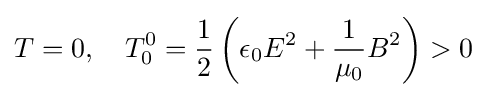
T=0,\quad T_{0}^{0}={1 \over 2}\left(\epsilon _{0}E^{2}+{\frac {1}{\mu _{0}}}B^{2}\right)>0